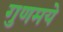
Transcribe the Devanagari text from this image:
गुणमये